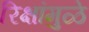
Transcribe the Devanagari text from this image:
रिक्षांमुळे